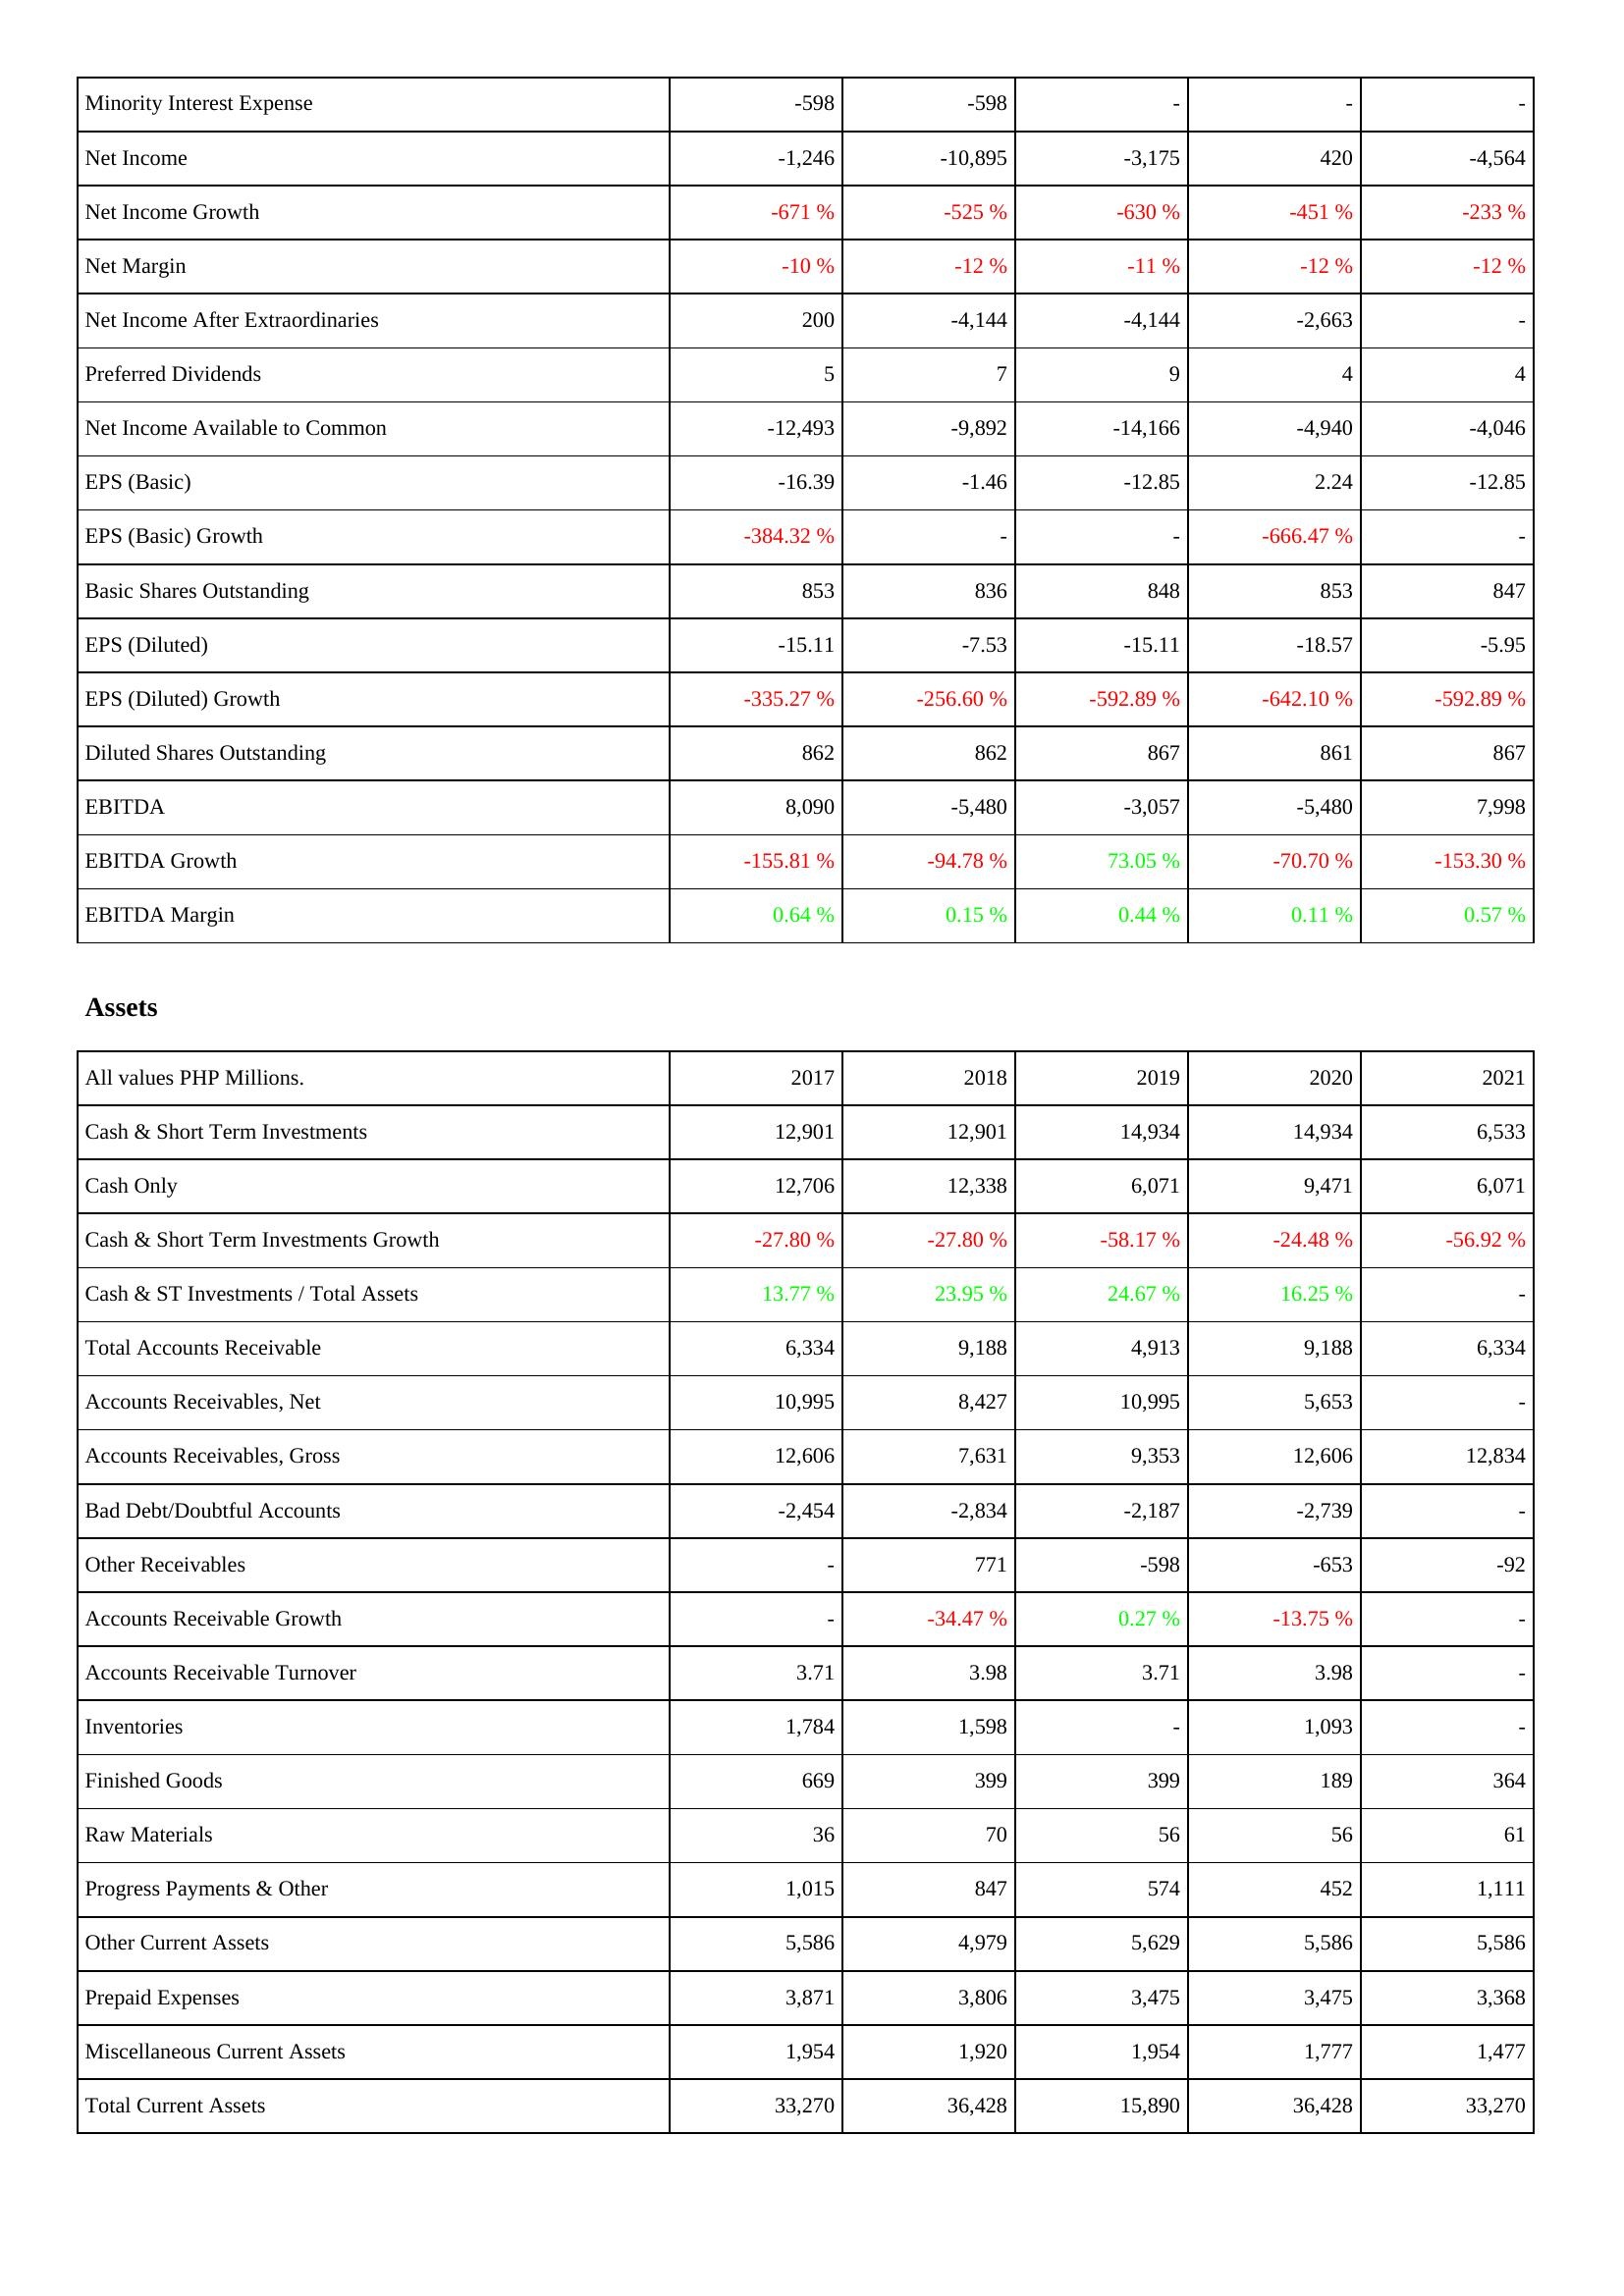
2017: Income Statement: Minority Interest Expense: -598
Net Income: -1,246
Net Income Growth: -671 %
Net Margin: -10 %
Net Income After Extraordinaries: 200
Preferred Dividends: 5
Net Income Available to Common: -12,493
EPS (Basic): -16.39
EPS (Basic) Growth: -384.32 %
Basic Shares Outstanding: 853
EPS (Diluted): -15.11
EPS (Diluted) Growth: -335.27 %
Diluted Shares Outstanding: 862
EBITDA: 8,090
EBITDA Growth: -155.81 %
EBITDA Margin: 0.64 %
Assets: Cash & Short Term Investments: 12,901
Cash Only: 12,706
Cash & Short Term Investments Growth: -27.80 %
Cash & ST Investments / Total Assets: 13.77 %
Total Accounts Receivable: 6,334
Accounts Receivables, Net: 10,995
Accounts Receivables, Gross: 12,606
Bad Debt/Doubtful Accounts: -2,454
Other Receivables: -
Accounts Receivable Growth: -
Accounts Receivable Turnover: 3.71
Inventories: 1,784
Finished Goods: 669
Raw Materials: 36
Progress Payments & Other: 1,015
Other Current Assets: 5,586
Prepaid Expenses: 3,871
Miscellaneous Current Assets: 1,954
Total Current Assets: 33,270
2018: Income Statement: Minority Interest Expense: -598
Net Income: -10,895
Net Income Growth: -525 %
Net Margin: -12 %
Net Income After Extraordinaries: -4,144
Preferred Dividends: 7
Net Income Available to Common: -9,892
EPS (Basic): -1.46
EPS (Basic) Growth: -
Basic Shares Outstanding: 836
EPS (Diluted): -7.53
EPS (Diluted) Growth: -256.60 %
Diluted Shares Outstanding: 862
EBITDA: -5,480
EBITDA Growth: -94.78 %
EBITDA Margin: 0.15 %
Assets: Cash & Short Term Investments: 12,901
Cash Only: 12,338
Cash & Short Term Investments Growth: -27.80 %
Cash & ST Investments / Total Assets: 23.95 %
Total Accounts Receivable: 9,188
Accounts Receivables, Net: 8,427
Accounts Receivables, Gross: 7,631
Bad Debt/Doubtful Accounts: -2,834
Other Receivables: 771
Accounts Receivable Growth: -34.47 %
Accounts Receivable Turnover: 3.98
Inventories: 1,598
Finished Goods: 399
Raw Materials: 70
Progress Payments & Other: 847
Other Current Assets: 4,979
Prepaid Expenses: 3,806
Miscellaneous Current Assets: 1,920
Total Current Assets: 36,428
2019: Income Statement: Minority Interest Expense: -
Net Income: -3,175
Net Income Growth: -630 %
Net Margin: -11 %
Net Income After Extraordinaries: -4,144
Preferred Dividends: 9
Net Income Available to Common: -14,166
EPS (Basic): -12.85
EPS (Basic) Growth: -
Basic Shares Outstanding: 848
EPS (Diluted): -15.11
EPS (Diluted) Growth: -592.89 %
Diluted Shares Outstanding: 867
EBITDA: -3,057
EBITDA Growth: 73.05 %
EBITDA Margin: 0.44 %
Assets: Cash & Short Term Investments: 14,934
Cash Only: 6,071
Cash & Short Term Investments Growth: -58.17 %
Cash & ST Investments / Total Assets: 24.67 %
Total Accounts Receivable: 4,913
Accounts Receivables, Net: 10,995
Accounts Receivables, Gross: 9,353
Bad Debt/Doubtful Accounts: -2,187
Other Receivables: -598
Accounts Receivable Growth: 0.27 %
Accounts Receivable Turnover: 3.71
Inventories: -
Finished Goods: 399
Raw Materials: 56
Progress Payments & Other: 574
Other Current Assets: 5,629
Prepaid Expenses: 3,475
Miscellaneous Current Assets: 1,954
Total Current Assets: 15,890
2020: Income Statement: Minority Interest Expense: -
Net Income: 420
Net Income Growth: -451 %
Net Margin: -12 %
Net Income After Extraordinaries: -2,663
Preferred Dividends: 4
Net Income Available to Common: -4,940
EPS (Basic): 2.24
EPS (Basic) Growth: -666.47 %
Basic Shares Outstanding: 853
EPS (Diluted): -18.57
EPS (Diluted) Growth: -642.10 %
Diluted Shares Outstanding: 861
EBITDA: -5,480
EBITDA Growth: -70.70 %
EBITDA Margin: 0.11 %
Assets: Cash & Short Term Investments: 14,934
Cash Only: 9,471
Cash & Short Term Investments Growth: -24.48 %
Cash & ST Investments / Total Assets: 16.25 %
Total Accounts Receivable: 9,188
Accounts Receivables, Net: 5,653
Accounts Receivables, Gross: 12,606
Bad Debt/Doubtful Accounts: -2,739
Other Receivables: -653
Accounts Receivable Growth: -13.75 %
Accounts Receivable Turnover: 3.98
Inventories: 1,093
Finished Goods: 189
Raw Materials: 56
Progress Payments & Other: 452
Other Current Assets: 5,586
Prepaid Expenses: 3,475
Miscellaneous Current Assets: 1,777
Total Current Assets: 36,428
2021: Income Statement: Minority Interest Expense: -
Net Income: -4,564
Net Income Growth: -233 %
Net Margin: -12 %
Net Income After Extraordinaries: -
Preferred Dividends: 4
Net Income Available to Common: -4,046
EPS (Basic): -12.85
EPS (Basic) Growth: -
Basic Shares Outstanding: 847
EPS (Diluted): -5.95
EPS (Diluted) Growth: -592.89 %
Diluted Shares Outstanding: 867
EBITDA: 7,998
EBITDA Growth: -153.30 %
EBITDA Margin: 0.57 %
Assets: Cash & Short Term Investments: 6,533
Cash Only: 6,071
Cash & Short Term Investments Growth: -56.92 %
Cash & ST Investments / Total Assets: -
Total Accounts Receivable: 6,334
Accounts Receivables, Net: -
Accounts Receivables, Gross: 12,834
Bad Debt/Doubtful Accounts: -
Other Receivables: -92
Accounts Receivable Growth: -
Accounts Receivable Turnover: -
Inventories: -
Finished Goods: 364
Raw Materials: 61
Progress Payments & Other: 1,111
Other Current Assets: 5,586
Prepaid Expenses: 3,368
Miscellaneous Current Assets: 1,477
Total Current Assets: 33,270